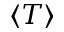
\left< T \right>